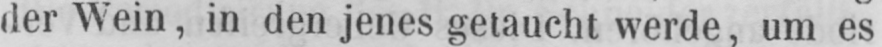
der Wein, in den jenes getaucht werde, um es